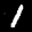
Label: 1